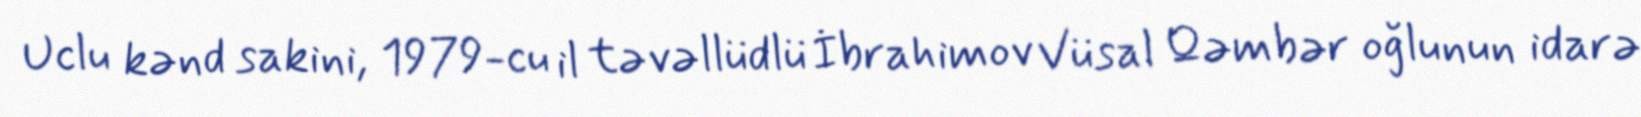
Uclu kənd sakini, 1979-cu il təvəllüdlü İbrahimov Vüsal Qəmbər oğlunun idarə